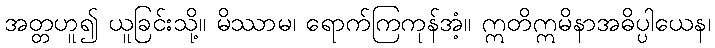
အတ္တဟူ၍ ယူခြင်းသို့။ မိဿာမ၊ ရောက်ကြကုန်အံ့။ ဣတိဣမိနာအဓိပ္ပါယေန၊